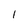
Character: l